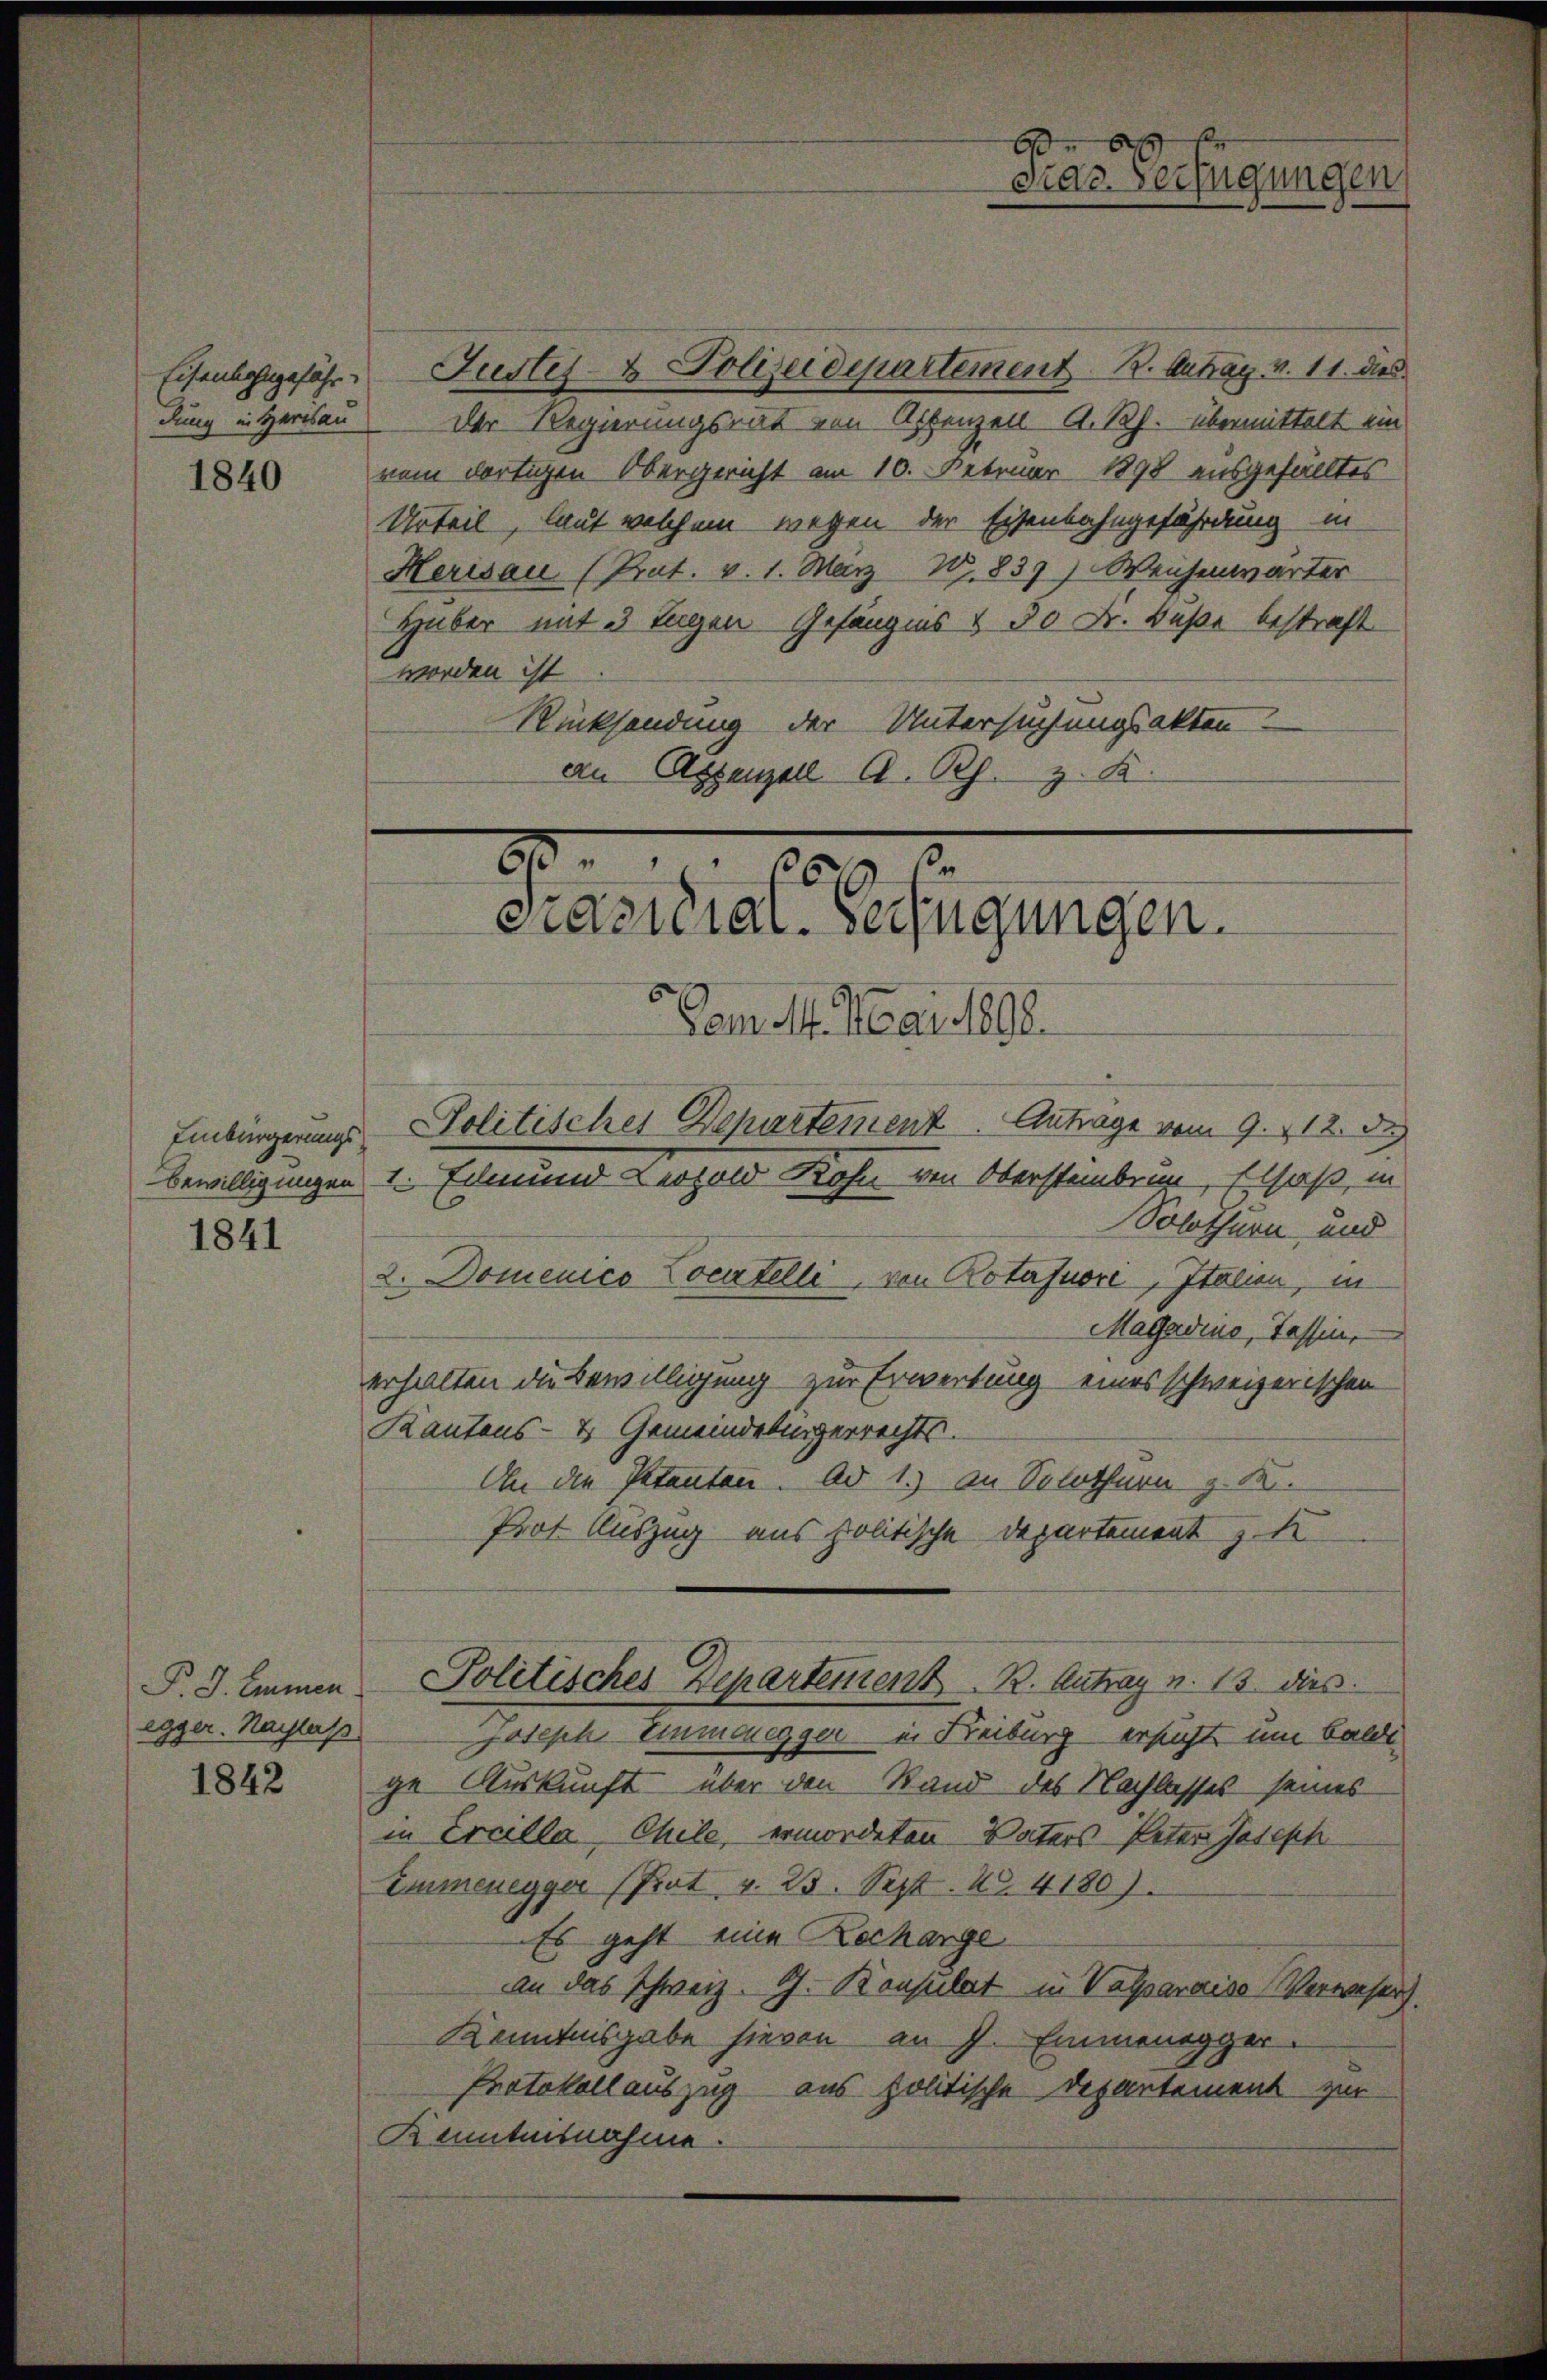
Eisenbahngefähr
dung in Harisau

1840

1841

egger. Nachlaß

1842

Justiz- & Polizeidepartement 2. Antrag v. 11. dies
Der Regierungsrat von Astenzen A. Rh. übermittelt ein
nem dortigen Obergericht am 16. Februar 1898 ausgefälltes
Urteil, laut welchem wegen der Eisenbahngefährdung in
Herisau (Prat. v. 1. März W.837) Weichenwärter
Huber mit 3 Tagen Gefängnis v. 30 Fr. Buße bestraft
worden ist
Rücksendung der Untersuchungsakten
an Aszenzell A. Rp. z. B

Dem 14. Mai 1890.
Einbürgerungs Politisches Departement. Antrage vom 9. 112. d.
Bewilligungen 1. Eilmund Leopold Rohn von Obersteinbrun Elsaß, in
Solothurn, und
2. Domenico Locartelle, von Rotafuori, Italien, in
Magadine, Tessin,
erhalten die Bewilligung zur Erwertung eines schweizerischen
Kantons- & Gemeindelingerrechts.
An die Petenten. Ad 1. an Solothurn z. K.
Prot Auszug aus politische Departement z
P. J. Emmen Politisches Departement. R. Antrag u. 13. dies
Joseph Einmaegger in Freiburg ersucht um baldi
ge Auskunft über den Stand des Nachlasses seines
in Ercilla, Chile, ermordeten Vaters Peter Joseph
Emmenegger (Prat v. 23. Sept. 14180).
Es geht eine Recharge
an das schweiz. G. Konsulat in Valparaise Verwesen.
Kenntnisgabe hievon an J. Emmenegger.
Protokollauszug aus politische Departement zur
Kenntnisnahme

10. 10
2.
Prasilial-Verfügungen.

A
dras Verfügungen